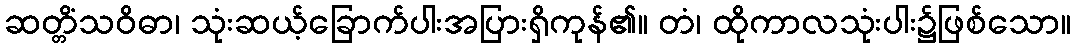
ဆတ္တိံသဝိဓာ၊ သုံးဆယ့်ခြောက်ပါးအပြားရှိကုန်၏။ တံ၊ ထိုကာလသုံးပါး၌ဖြစ်သော။